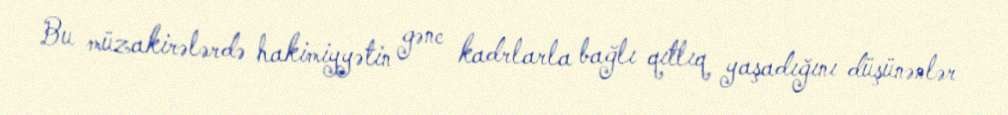
Bu müzakirələrdə hakimiyyətin gənc kadrlarla bağlı qıtlıq yaşadığını düşünənlər